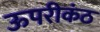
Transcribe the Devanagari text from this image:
ऊपरीकंठ